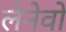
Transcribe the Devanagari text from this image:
लेनेवो